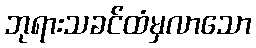
ဘုရားသခင်ထံမှလာသော